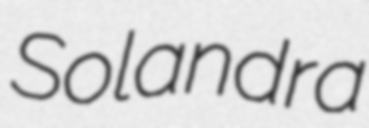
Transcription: Solandra